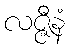
လဇ္ဇီနံ